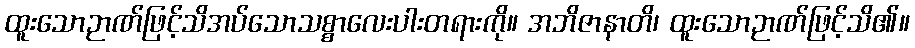
ထူးသောဉာဏ်ဖြင့်သိအပ်သောသစ္စာလေးပါးတရားကို။ အဘိဇာနာတိ၊ ထူးသောဉာဏ်ဖြင့်သိ၏။